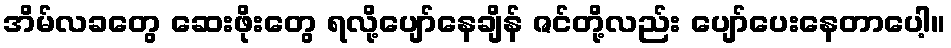
အိမ်လခတွေ ဆေးဖိုးတွေ ရလို့ပျော်နေချိန် ဇင်တို့လည်း ပျော်ပေးနေတာပေါ့။